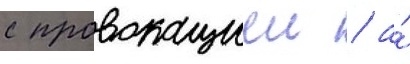
с провокациеи / а́